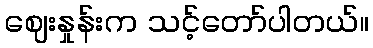
ဈေးနှုန်းက သင့်တော်ပါတယ်။